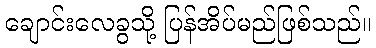
ချောင်းလေခွသို့ ပြန်အိပ်မည်ဖြစ်သည်။